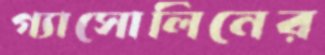
গ্যাসোলিনের